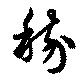
稼